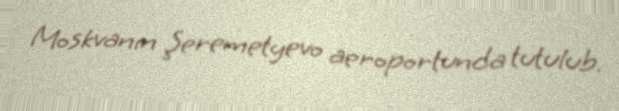
Moskvanın Şeremetyevo aeroportunda tutulub.